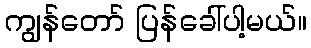
ကျွန်တော် ပြန်ခေါ်ပါ့မယ်။